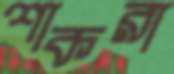
শাকরা